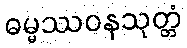
ဓမ္မဿဝနသုတ္တံ